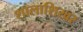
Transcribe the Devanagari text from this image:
शालाशिखर